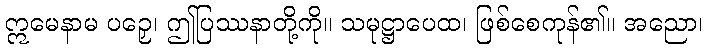
ဣမေနာမ ပဉှေ၊ ဤပြဿနာတို့ကို။ သမုဋ္ဌာပေထ၊ ဖြစ်စေကုန်၏။ အညော၊